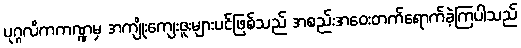
ပုဂ္ဂလိကကဏ္ဍမှ အကျိုးကျေးဇူးများပင်ဖြစ်သည် အစည်းအဝေးတက်ရောက်ခဲ့ကြပါသည်